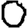
Digit: 0